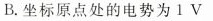
B.坐标原点处的电势为1V